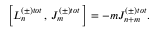
\left[ L _ { n } ^ { \left( \pm \right) t o t } \, , \, J _ { m } ^ { \left( \pm \right) t o t } \, \right] = - m J _ { n + m } ^ { \left( \pm \right) t o t } .